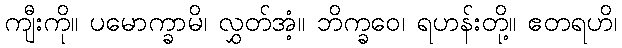
ကျီးကို။ ပမောက္ခာမိ၊ လွှတ်အံ့။ ဘိက္ခဝေ၊ ရဟန်းတို့။ ဧတရဟိ၊